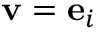
\mathbf { v } = \mathbf { e } _ { i }